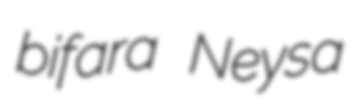
bifara Neysa